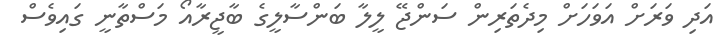
އަދި ވަރަށް އަވަހަށް މިދެތަރިން ސަންޖޭ ލީލާ ބަންސާލީގެ ބާޖީރާއޯ މަސްތާނީ ގައިވެސް